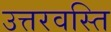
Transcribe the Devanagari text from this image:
उत्तरवस्ति